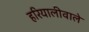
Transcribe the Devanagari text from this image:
हरियालीवाले